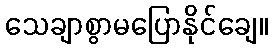
သေချာစွာမပြောနိုင်ချေ။